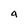
Character: a